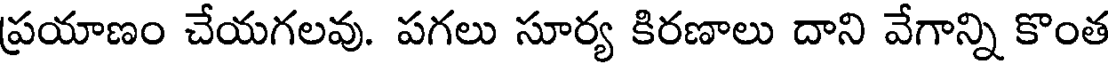
ప్రయాణం చేయగలవు. పగలు సూర్య కిరణాలు దాని వేగాన్ని కొంత